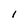
Character: I